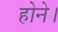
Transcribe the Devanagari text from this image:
होने।